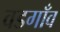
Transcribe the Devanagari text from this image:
वडगाँव